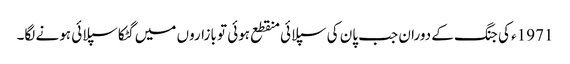
1971ء کی جنگ کے دوران جب پان کی سپلائی منقطع ہوئی تو بازاروں میں گٹکا سپلائی ہونے لگا۔